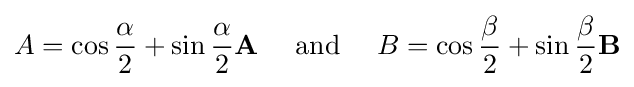
A=\cos {\frac {\alpha }{2}}+\sin {\frac {\alpha }{2}}\mathbf {A} \quad {\text{ and }}\quad B=\cos {\frac {\beta }{2}}+\sin {\frac {\beta }{2}}\mathbf {B}